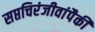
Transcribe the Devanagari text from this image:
सप्तचिरंजीवांपैकी